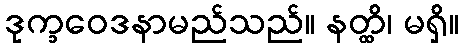
ဒုက္ခဝေဒနာမည်သည်။ နတ္ထိ၊ မရှိ။